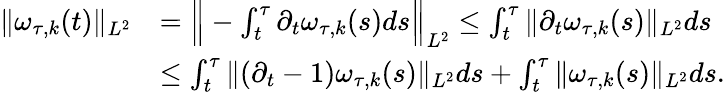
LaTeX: \begin{array}{rl}{\| \omega_{\tau,k}(t)\| _{L^{2}}}&{=\Big\| -\int_{t}^{\tau}\partial_{t}\omega_{\tau,k}(s)ds\Big\| _{L^{2}}\leq\int_{t}^{\tau}\| \partial_{t}\omega_{\tau,k}(s)\| _{L^{2}}ds}\\ &{\leq\int_{t}^{\tau}\| (\partial_{t}-1)\omega_{\tau,k}(s)\| _{L^{2}}ds+\int_{t}^{\tau}\| \omega_{\tau,k}(s)\| _{L^{2}}ds.}\end{array}